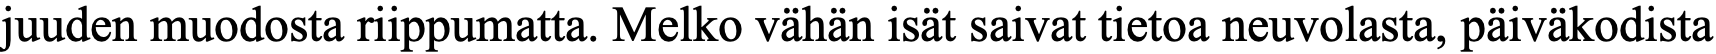
juuden muodosta riippumatta. Melko vähän isät saivat tietoa neuvolasta, päiväkodista